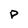
Character: p